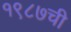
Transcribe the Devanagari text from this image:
१९८७ची